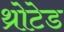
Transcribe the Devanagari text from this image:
थ्रोटेड